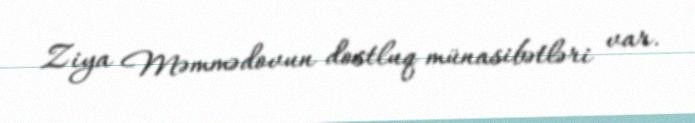
Ziya Məmmədovun dostluq münasibətləri var.